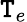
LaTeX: \mathtt{T}_{e}